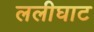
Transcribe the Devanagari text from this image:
ललीघाट